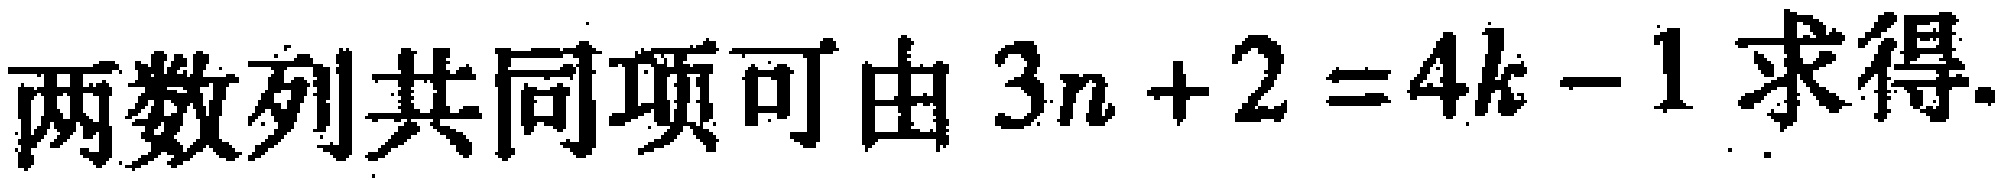
两数列共同项可由 \(3n + 2 = 4k - 1\) 求得.